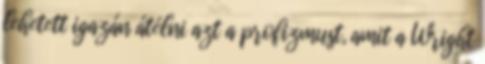
lehetett igazán átélni azt a profizmust, amit a Wright